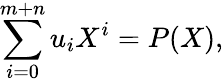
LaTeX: \sum_{i=0}^{m+n}u_{i}X^{i}=P(X),